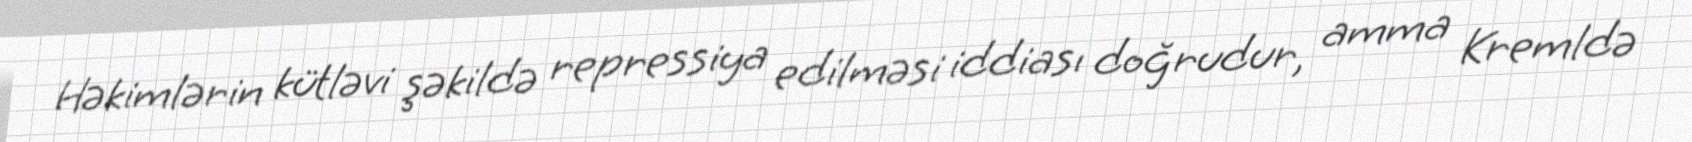
Həkimlərin kütləvi şəkildə repressiya edilməsi iddiası doğrudur, amma Kremldə